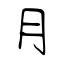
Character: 月